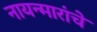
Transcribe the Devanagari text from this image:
नायन्मारांचे